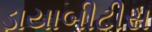
ડાયાબીટીસ